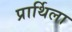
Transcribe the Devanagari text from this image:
प्रार्थिला